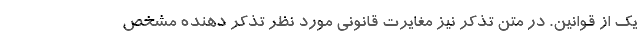
يك از قوانين. در متن تذكر نيز مغايرت قانوني مورد نظر تذكر دهنده مشخص